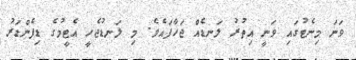
ވަނަ މިނެޓުގައި ވަނީ އިތުރު ލަނޑެއް ޖަހާފައެވެ. މި ލަނޑުޖެހީ އެޓީމުގެ ޑިފެންޑަރު